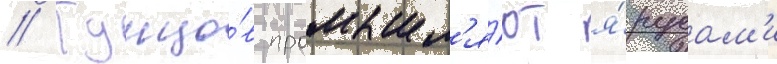
// Тунцо́в промышл'я́ют я́русам'и